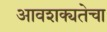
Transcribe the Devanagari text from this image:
आवशक्यतेचा